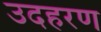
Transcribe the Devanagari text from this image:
उदहरण